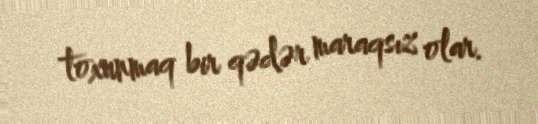
toxunmaq bir qədər maraqsız olar.